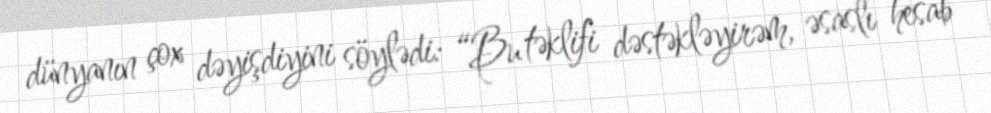
dünyanın çox dəyişdiyini söylədi: “Bu təklifi dəstəkləyirəm, əsaslı hesab